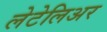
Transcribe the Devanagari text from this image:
लेटेलिअर